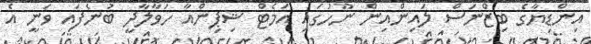
އިންޑިޔާގެ ބިޒްނަސް ލައިންއިން ނޫހުގައި އަމެޓް ޝިޕިންއާ ހަވާލާދީ ބުނެފައި ވަނީ އެ